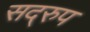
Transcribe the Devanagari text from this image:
सद्‌रुप